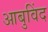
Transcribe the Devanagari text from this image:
आबुविंद